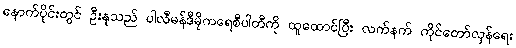
နောက်ပိုင်းတွင် ဦးနုသည် ပါလီမန်ဒီမိုကရေစီပါတီကို ထူထောင်ပြီး လက်နက် ကိုင်တော်လှန်ရေး